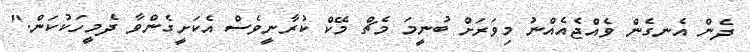
ދެން އެނގެން ވެއްޖެއެއްނު މިވަރަށް ބުނީމަ މެޗް މޭކް ކުރާނީވެސް އެކަށީގެންވާ ދެމީހަކުކަން."